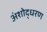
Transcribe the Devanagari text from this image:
अंशोद्धरण